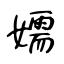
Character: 嬬